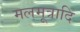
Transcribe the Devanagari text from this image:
मलमूत्रादि